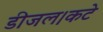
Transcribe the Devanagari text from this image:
डीजल।कटे